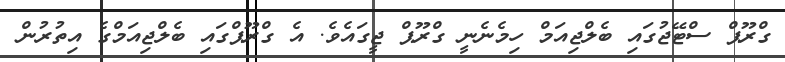
ގްރޫޕް ސްޓޭޖުގައި ބެލްޖިއަމް ހިމެނެނީ ގްރޫޕް ޖީގައެވެ. އެ ގްރޫޕްގައި ބެލްޖިއަމްގެ އިތުރުން